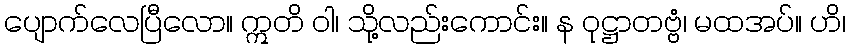
ပျောက်လေပြီလော။ ဣတိ ဝါ၊ သို့လည်းကောင်း။ န ဝုဋ္ဌာတဗ္ဗံ၊ မထအပ်။ ဟိ၊